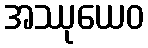
အဿုယေဝ